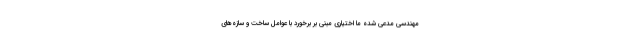
مهندسی مدعی شده ما اختیاری مبنی بر برخورد با عوامل ساخت و سازه‌های